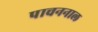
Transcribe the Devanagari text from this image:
पाचननाल